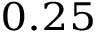
_ { 0 . 2 5 }